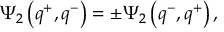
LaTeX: \Psi _ { 2 } \left( q ^ { + } , q ^ { - } \right) = \pm \Psi _ { 2 } \left( q ^ { - } , q ^ { + } \right) ,